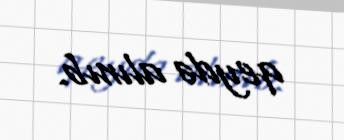
qeydə alınıb.